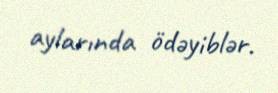
aylarında ödəyiblər.